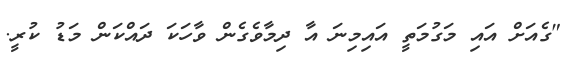
"ގެއަށް އައި މަގުމަތީ އައިމިނަ އާ ދިމާވެގެން ވާހަކަ ދައްކަން މަޑު ކުރީ.